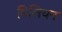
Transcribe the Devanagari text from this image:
मिलियन